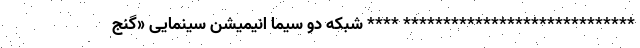
***************************** **** شبکه دو سیما انیمیشن سینمایی «گنج